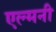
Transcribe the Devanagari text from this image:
एल्मनी